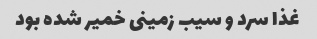
غذا سرد و سیب زمینی خمیر شده بود